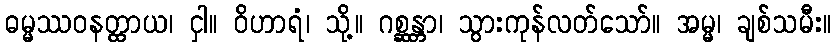
ဓမ္မဿဝနတ္ထာယ၊ ငှါ။ ဝိဟာရံ၊ သို့။ ဂစ္ဆန္တာ၊ သွားကုန်လတ်သော်။ အမ္မ၊ ချစ်သမီး။